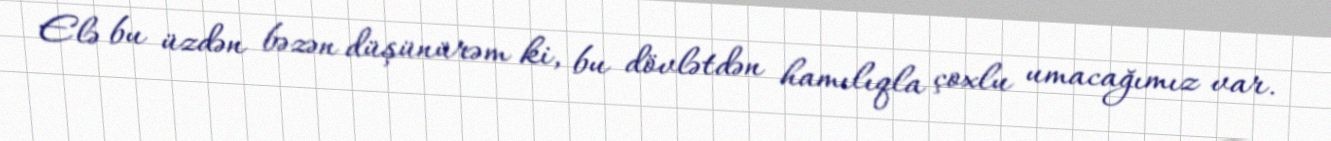
Elə bu üzdən bəzən düşünürəm ki, bu dövlətdən hamılıqla çoxlu umacağımız var.